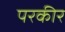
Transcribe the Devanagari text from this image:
परकीर